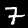
Label: 7